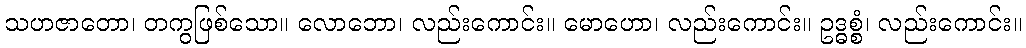
သဟဇာတော၊ တကွဖြစ်သော။ လောဘော၊ လည်းကောင်း။ မောဟော၊ လည်းကောင်း။ ဥဒ္ဓစ္စံ၊ လည်းကောင်း။